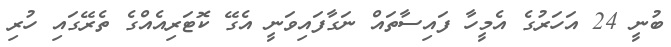
ބުނީ 24 އަހަރުގެ އެމީހާ ފައިސާތައް ނަގާފައިވަނީ އެގޭ ކޮޓަރިއެއްގެ ތެރޭގައި ހުރި